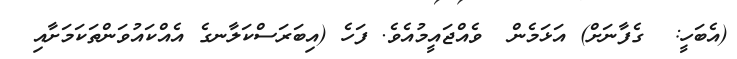
(އެބަހީ:  ގެފާނަށް) އަޅަމެން  ވެއްޖައީމުއެވެ. ފަހެ (އިބަރަސްކަލާނގެ އެއްކައުވަންތަކަމަށާއި